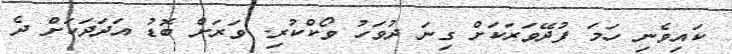
ކައިވެނި ހަމަ ފުދޭވަރަކަށް ގިނަ ދުވަހު ވޯކްކުރި. ވަރަށް ބޮޑު އަދަދަކަށް ދެ